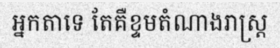
អ្នកតាទេ តែគឺខ្ទមតំណាងរាស្ត្រ